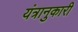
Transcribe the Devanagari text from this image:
यंत्रानुकारी